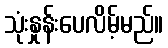
သုံးနှုန်းပေလိမ့်မည်။